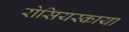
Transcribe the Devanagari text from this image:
रोसियस्काया